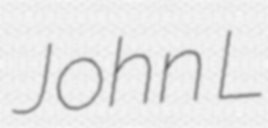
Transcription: John L